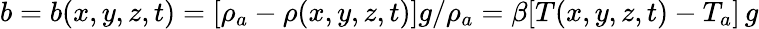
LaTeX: b=b(x,y,z,t)=[\rho_{a}-\rho(x,y,z,t)]g/\rho_{a}=\beta[T(x,y,z,t)-T_{a}]\, g